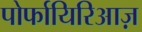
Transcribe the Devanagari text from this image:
पोर्फायिरिआज़